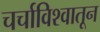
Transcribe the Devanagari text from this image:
चर्चाविश्वातून